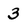
Character: 3